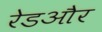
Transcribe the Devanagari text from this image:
रेडऔर